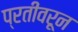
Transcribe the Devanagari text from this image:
प्रतीवरून